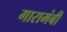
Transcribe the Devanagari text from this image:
गारामंबी